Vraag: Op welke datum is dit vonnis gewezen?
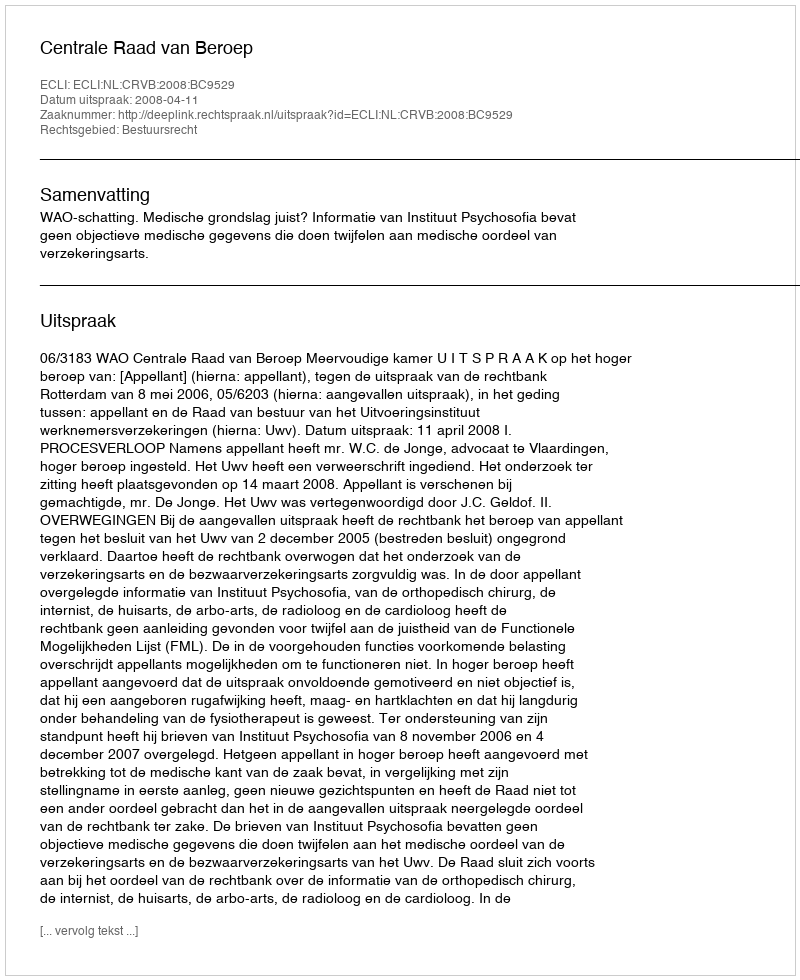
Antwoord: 2008-04-11